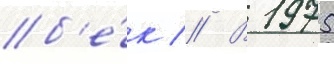
б'е́к // В 1975